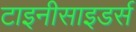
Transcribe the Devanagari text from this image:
टाइनीसाइडर्स